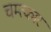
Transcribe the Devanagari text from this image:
चम्त्कार